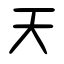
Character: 天